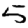
Digit: 5